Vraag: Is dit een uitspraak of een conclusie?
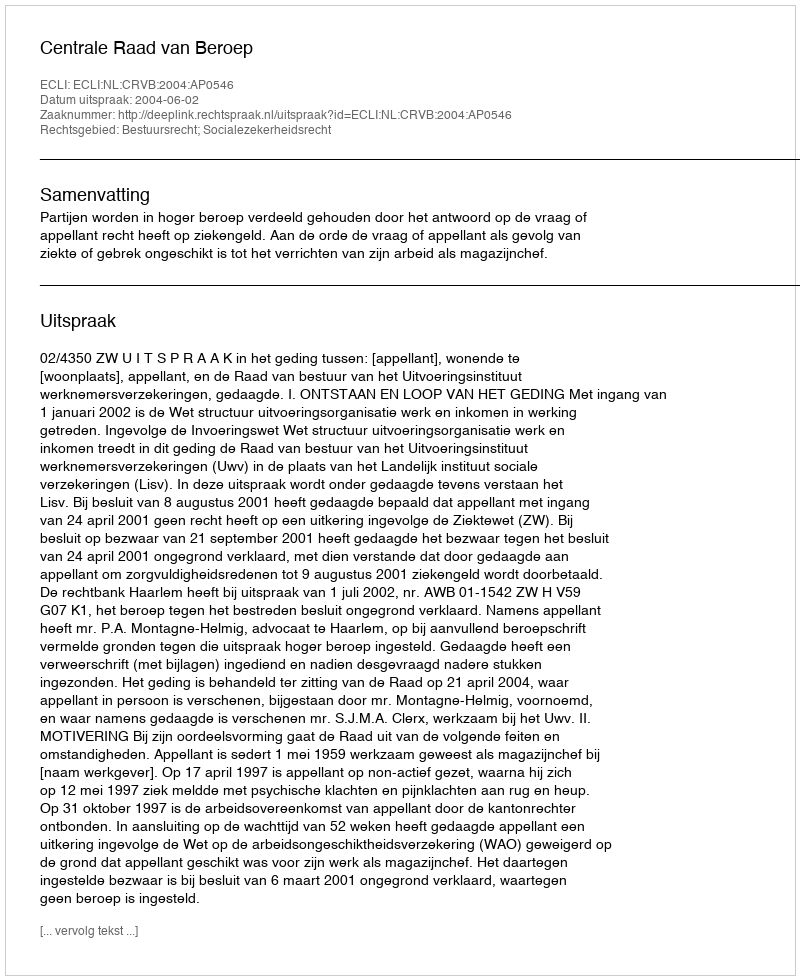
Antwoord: Uitspraak